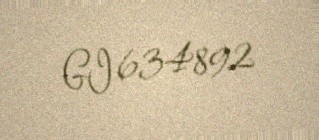
GI 634892